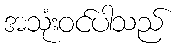
အသုံးဝင်ပါသည်